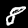
Label: 8